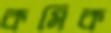
কমিক